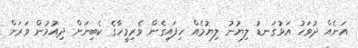
އަނެއް ދުވަހު އަޅުގަނޑު ލިޔުނު ލިޔުމެއް ހިފައިގެން ވެރިމީހާގެ ކެބިނަށް ދިއުމުން ވަރަށް